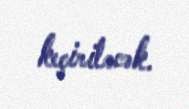
keçiriləcək.